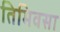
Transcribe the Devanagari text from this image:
तिमिवसा